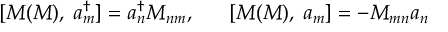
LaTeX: [ { \cal M } ( M ) , \; a _ { m } ^ { \dagger } ] = a _ { n } ^ { \dagger } M _ { n m } , \; \; \; \; \; \; [ { \cal M } ( M ) , \; a _ { m } ] = - M _ { m n } a _ { n }